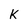
Character: k